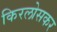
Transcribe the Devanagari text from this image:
किरलोसकर